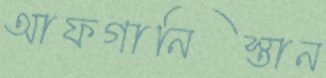
আফগানিস্তান